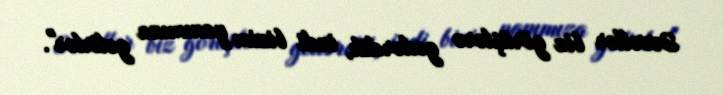
Əvvəllər biz görüşlərə gedərdik, indi bizim yanımıza gəlirlər".